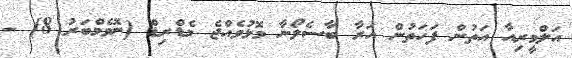
އަލްމީރިއާ އަތުން ފަހަތުން އަރާ ބާސެލޯނާ މޮޅުވެއްޖެ މެޑްރިޑް (ނޮވެމްބަރު 8) -